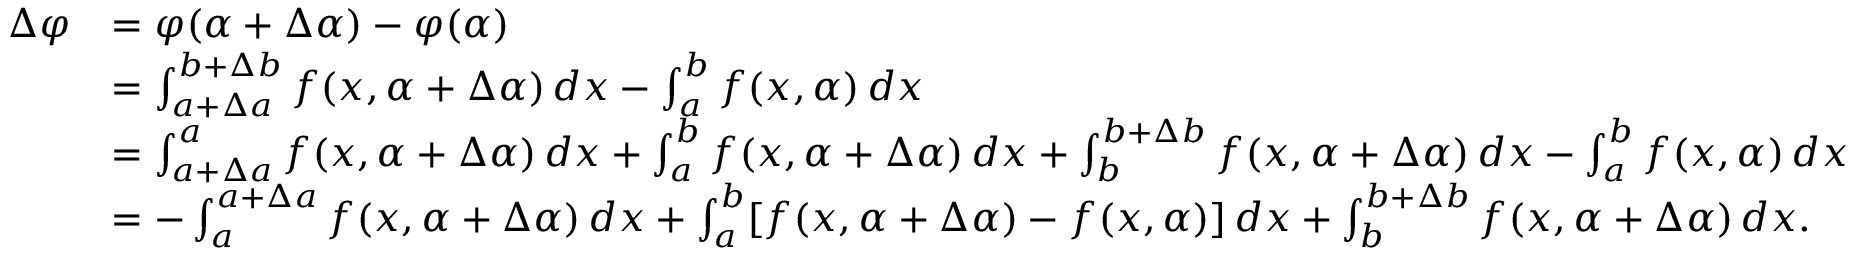
{ \begin{array} { r l } { \Delta \varphi } & { = \varphi ( \alpha + \Delta \alpha ) - \varphi ( \alpha ) } \\ & { = \int _ { a + \Delta a } ^ { b + \Delta b } f ( x , \alpha + \Delta \alpha ) \, d x - \int _ { a } ^ { b } f ( x , \alpha ) \, d x } \\ & { = \int _ { a + \Delta a } ^ { a } f ( x , \alpha + \Delta \alpha ) \, d x + \int _ { a } ^ { b } f ( x , \alpha + \Delta \alpha ) \, d x + \int _ { b } ^ { b + \Delta b } f ( x , \alpha + \Delta \alpha ) \, d x - \int _ { a } ^ { b } f ( x , \alpha ) \, d x } \\ & { = - \int _ { a } ^ { a + \Delta a } f ( x , \alpha + \Delta \alpha ) \, d x + \int _ { a } ^ { b } [ f ( x , \alpha + \Delta \alpha ) - f ( x , \alpha ) ] \, d x + \int _ { b } ^ { b + \Delta b } f ( x , \alpha + \Delta \alpha ) \, d x . } \end{array} }